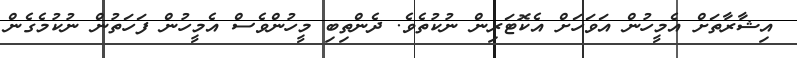
އިޝާރާތަށް އެމީހުން އަވަހަށް އެކޮޓަރިން ނުކުތެވެ. ދެންތިބި މީހުންވެސް އެމީހުން ފަހަތުން ނުކުމެގެން